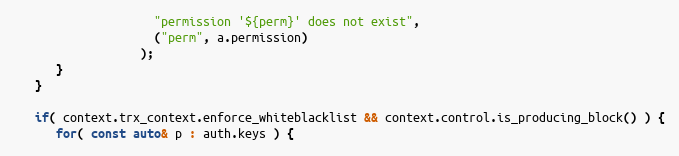
Language: C++
                    "permission '${perm}' does not exist",
                    ("perm", a.permission)
                  );
      }
   }

   if( context.trx_context.enforce_whiteblacklist && context.control.is_producing_block() ) {
      for( const auto& p : auth.keys ) {